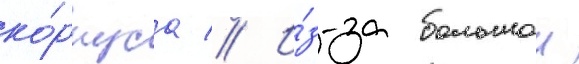
ко́рпуса // И́з-за большои